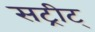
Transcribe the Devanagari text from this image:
सट्रीट्